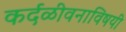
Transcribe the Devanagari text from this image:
कर्दळीवनाविषयी